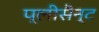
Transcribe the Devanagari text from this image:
प्लीसैन्ट